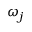
\omega _ { j }